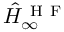
\hat { H } _ { \infty } ^ { \mathrm { ~ H ~ F ~ } }